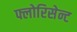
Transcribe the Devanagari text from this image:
फ्लोरिसेन्ट